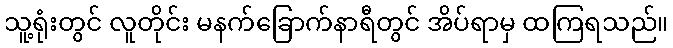
သူ့ရုံးတွင် လူတိုင်း မနက်ခြောက်နာရီတွင် အိပ်ရာမှ ထကြရသည်။